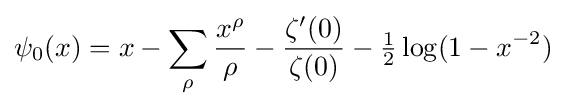
\psi _{0}(x)=x-\sum _{\rho }{\frac {x^{\rho }}{\rho }}-{\frac {\zeta '(0)}{\zeta (0)}}-{\tfrac {1}{2}}\log(1-x^{-2})